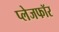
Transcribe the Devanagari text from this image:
प्लेजफॉर